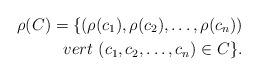
LaTeX: \begin{align*}\rho (C)=\{(\rho (c_{1}), \rho (c_{2}), \ldots , \rho (c_{n}))\\vert\ (c_{1}, c_2,\ldots , c_{n}) \in C\}.\end{align*}